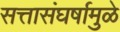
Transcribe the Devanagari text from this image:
सत्तासंघर्षामुळे